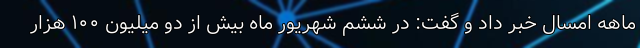
ماهه امسال خبر داد و گفت: در ششم شهریور ماه بیش از دو میلیون ۱۰۰ هزار